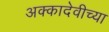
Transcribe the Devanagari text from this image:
अक्कादेवीच्या